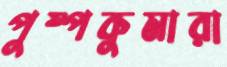
পুষ্পকুমারা